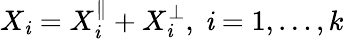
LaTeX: X_{\mathit{i}}=X_{\mathit{i}}^{\parallel}+X_{\mathit{i}}^{\perp},\ \mathit{i}=1,\ldots,k